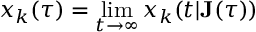
x _ { k } ( \tau ) = \operatorname* { l i m } _ { t \rightarrow \infty } x _ { k } ( t | \mathbf { J } ( \tau ) )